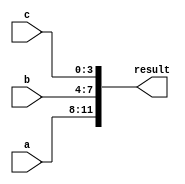
module concatenation_example (
    input [3:0] a,
    input [3:0] b,
    input [3:0] c,
    output [11:0] result
);

assign result = {a, b, c};

endmodule